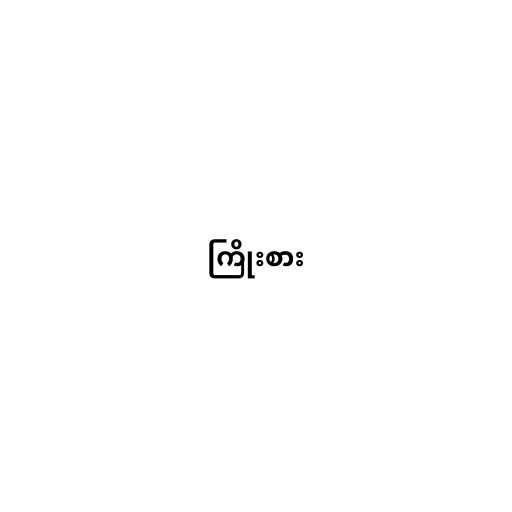
ကြိုးစား